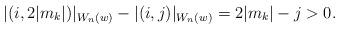
LaTeX: \begin{align*}\lvert (i,2\lvert m_k\rvert)\rvert_{W_n(w)}-\lvert (i,j)\rvert_{W_n(w)}=2\lvert m_k\rvert-j>0.\end{align*}